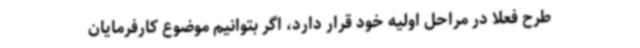
طرح فعلاً در مراحل اولیه خود قرار دارد، اگر بتوانیم موضوع کارفرمایان